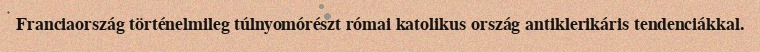
Franciaország történelmileg túlnyomórészt római katolikus ország antiklerikáris tendenciákkal.